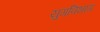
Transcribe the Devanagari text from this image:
युगविभाग